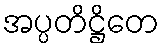
အပ္ပတိဋ္ဌိတေ